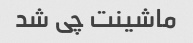
ماشینت چی شد